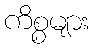
ကိစ္စများ